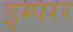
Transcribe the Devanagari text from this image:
इम्परर